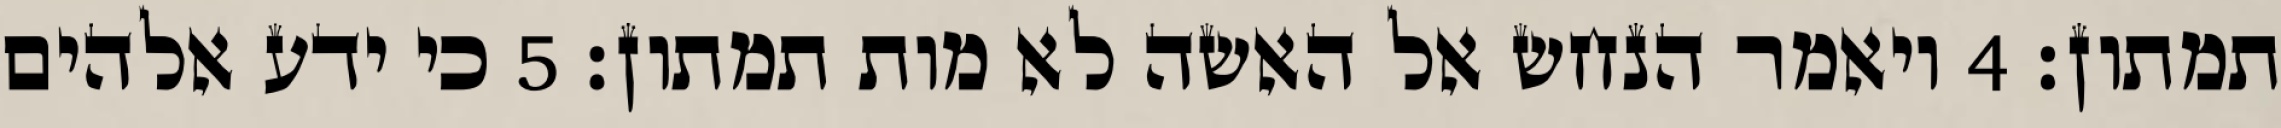
תמתון׃ ‎4‏ ויאמר הנחש אל האשה לא מות תמתון׃ ‎5‏ כי ידע אלהים